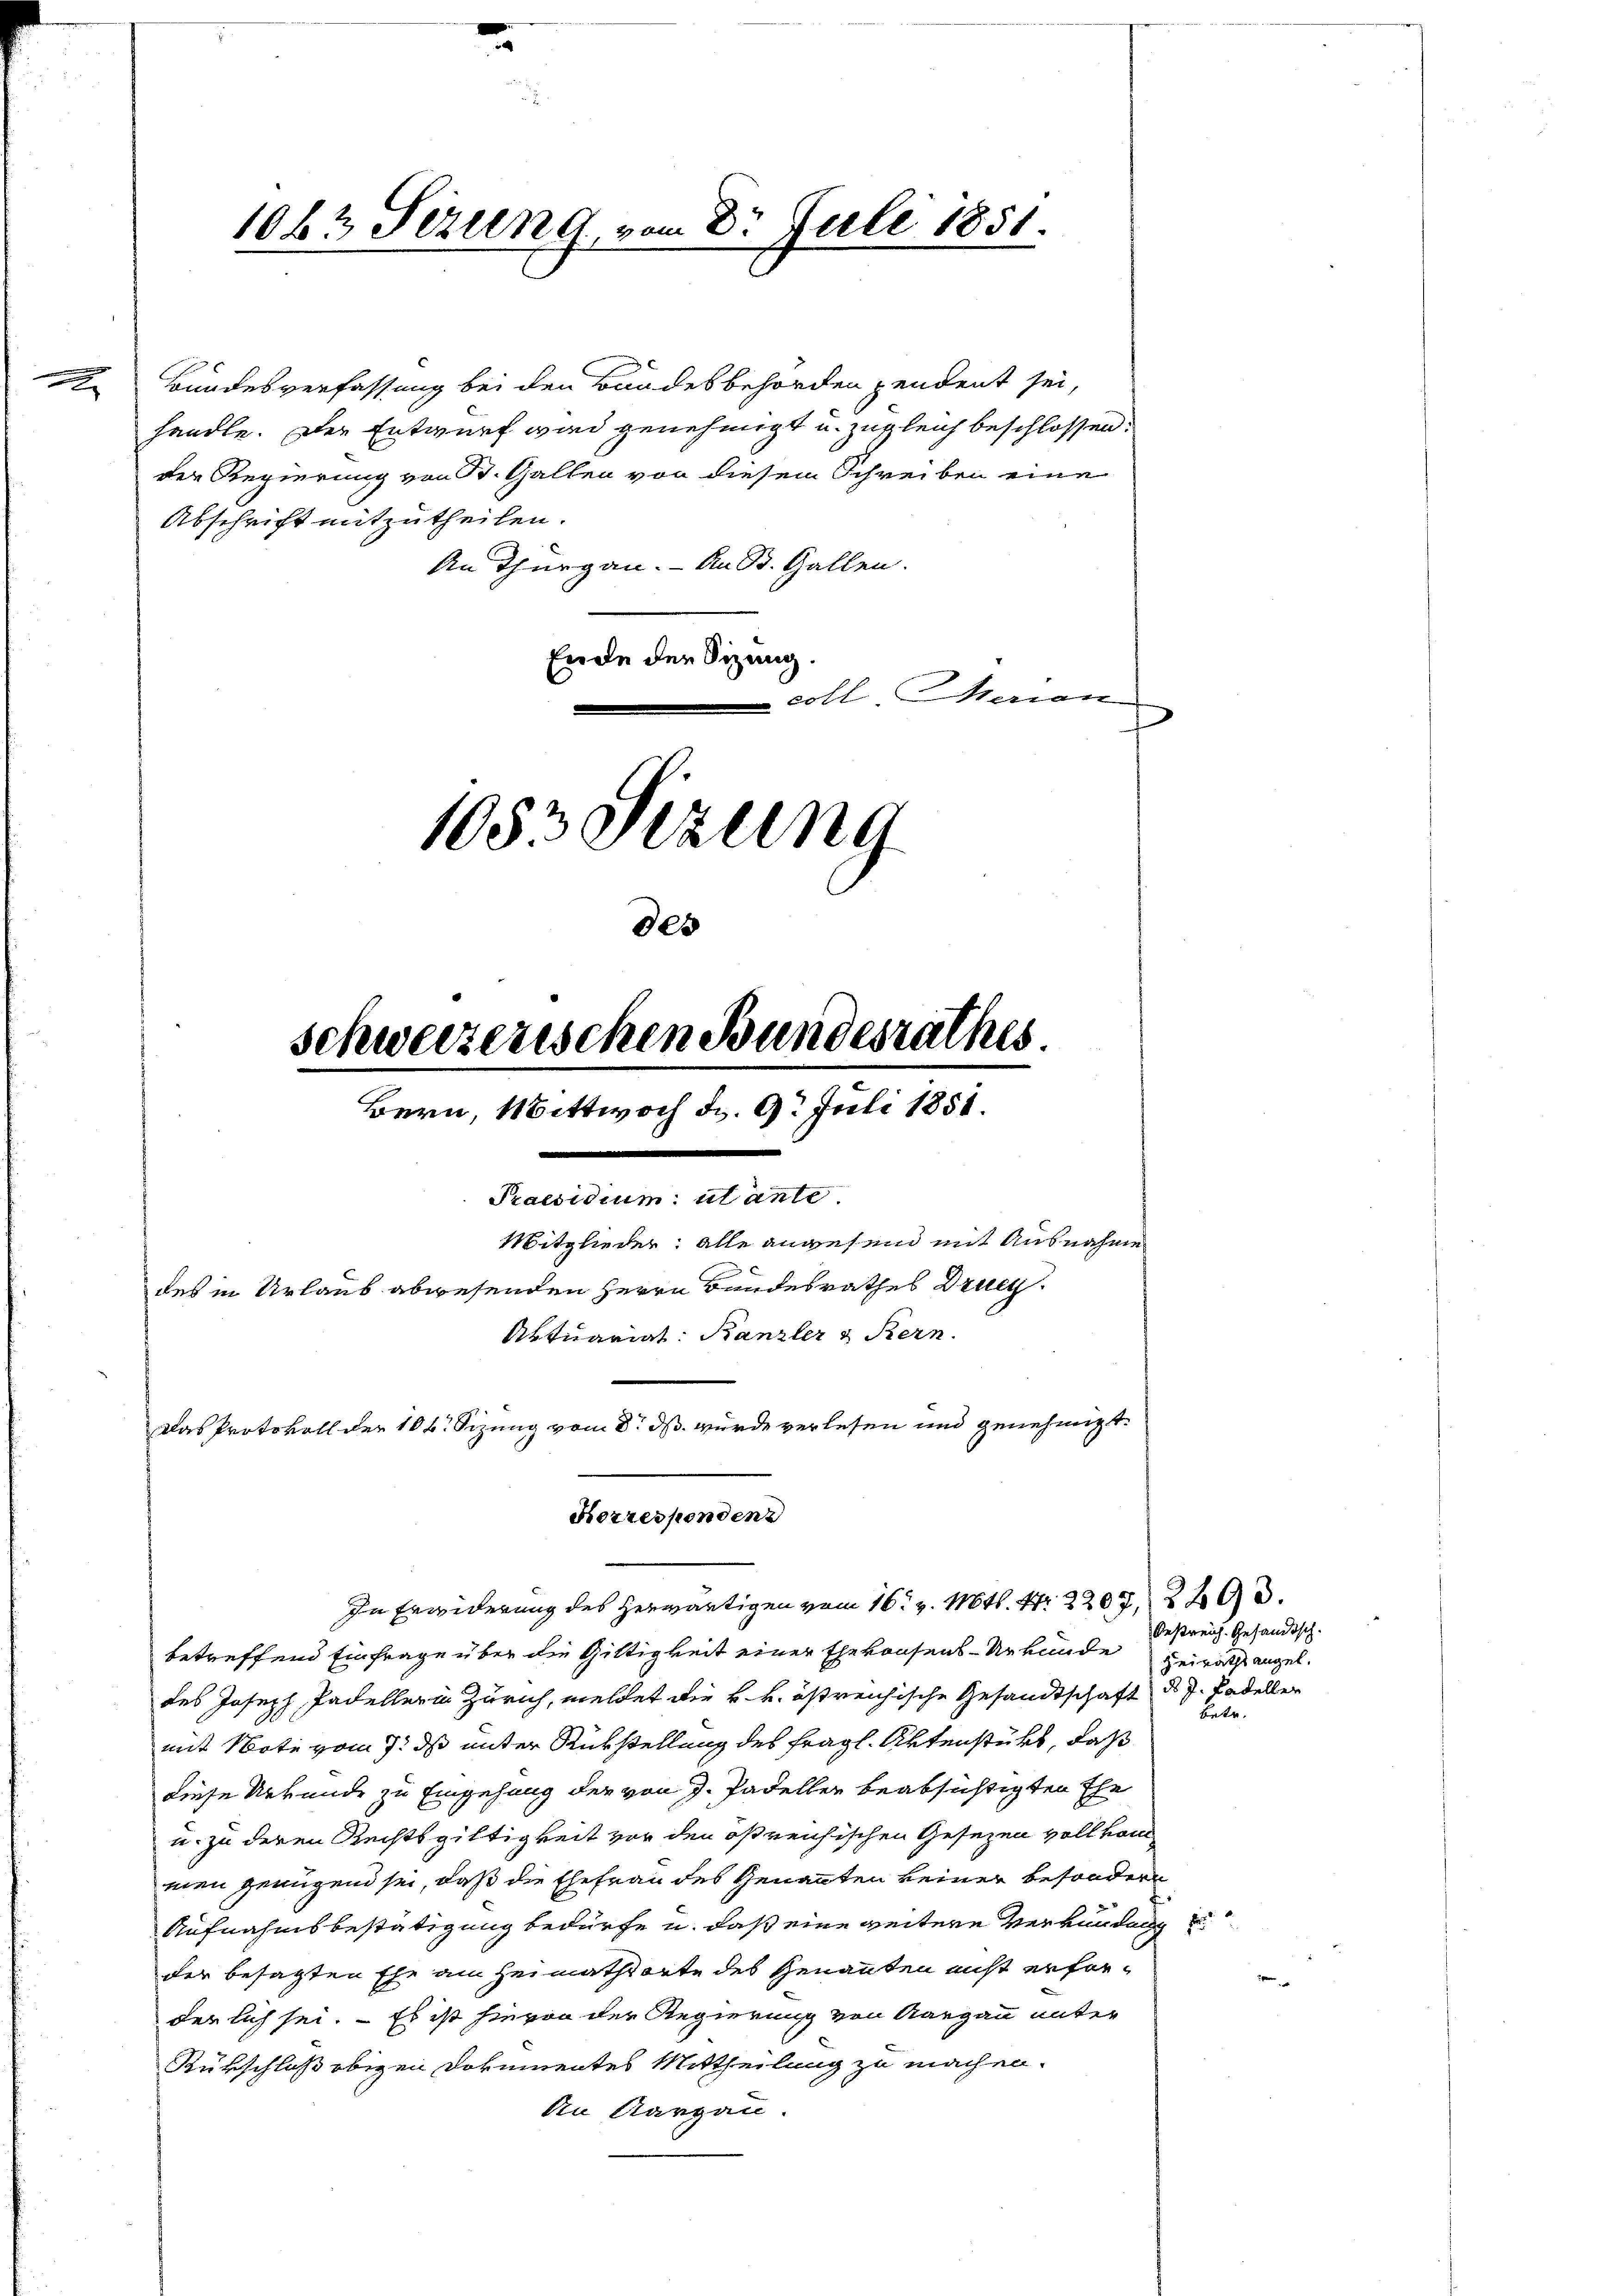
2

Bundesverfassung bei den Bundesbehörden pendent sei,
handle. Der Entwurf wird genehmigt u. zugleich beschlossen.
der Regierung von St. Gallen von diesem Schreiben eine
Abschrift mitzutheilen.
An Thurgau. - An B. Gallen.
Ende der Sitzung.
coll. Maian
1083 Sizung

1063 Sezung, vom 8. Juli 1851.

des
schweizerischen Bundesrathes
Bern, Wittwoch d. 9. Juli 1851.
.
Praesidium ut ante
Mitglieder: alle angesend mit Ausnahme
des in Urlaub abwesenden Herrn Bandesrathes Druck.
Aktuariat: Kanzler & Stern.
Das Protokoll der 10 f. Sizung vom 8. ds. wurde verlesen und genehmigt.

Korresponden
In Erwiderung des herwärtigen vom 16. v. Mts. Nr. 2207. 229.

betreffend Einfrage über die Giltigkeit einer Ehekonsens-Urkunde Beirath angel.
des Joseph Padeller in Zürich, meldet die v. v. östreichische Gesandtschaft ds J. Padeller
mit Note vom 7. ds unter Rükstellung des fragl. Aktenstükt, daß
diese Urkunde zu Eingehung der von J. Padellen beabsichtigten Ehe
u. zu deren Rechtsgültigkeit vor den osreisischen Gesezen vollkom
men genügend sei, daß die Ehefrau des Genannten keiner besondern
Aufnahmsbestätigung bedürfe u. daß eine weitere Verkündung
der besetzten Ehe am Heimathsorte des Genannten nicht erforderlich sei. – Es ist hievon der Regierung von Aargau unter
Rürschloß obigen Dokumentes Mittheilung zu machen.
An Aargau.

Oestreich. Gesandtsch.
betr.